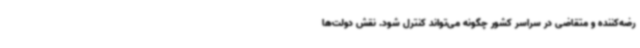
رضه‌کننده و متقاضی در سراسر کشور چگونه می‌تواند کنترل شود. نقش دولت‌ها